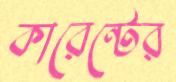
কারেন্টের